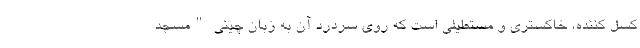
کسل کننده، خاکستری و مستطیلی است که روی سردرد آن به زبان چینی "مسجد